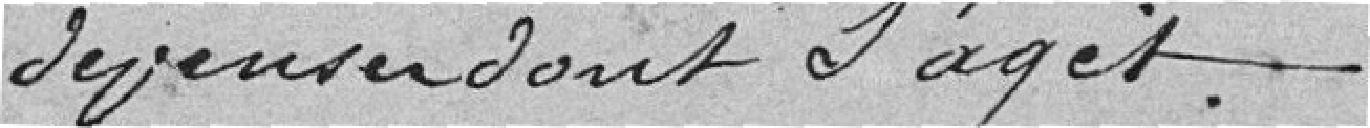
dépenses dont s'agit